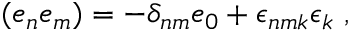
( e _ { n } e _ { m } ) = - \delta _ { n m } e _ { 0 } + \epsilon _ { n m k } \epsilon _ { k } ~ ,